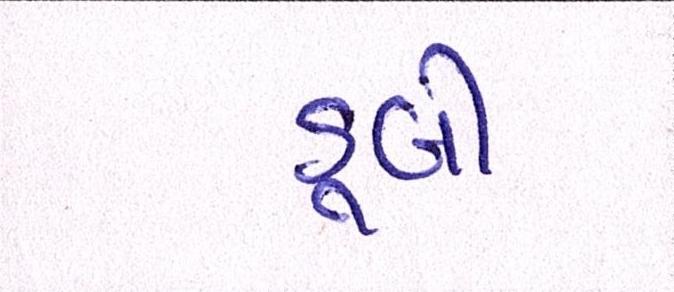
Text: ડૂબી